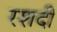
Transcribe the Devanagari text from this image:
रशदी